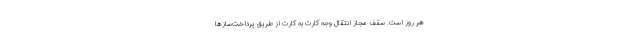
هر روز است. سقف مجاز انتقال وجه کارت به کارت از طریق پرداخت‌ساز‌ها